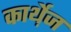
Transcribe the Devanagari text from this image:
कार्थ़ेज